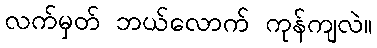
လက်မှတ် ဘယ်လောက် ကုန်ကျလဲ။